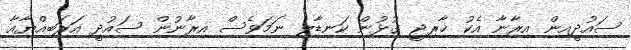
ސައުދީއިން އިރާނާ އެކު ޚާރިޖީ ގުޅުން ކަނޑާލި ނަމަވެސް އިރާނުން ސައުދީ އަރަބިއްޔާއާ